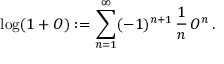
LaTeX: \log ( 1 + { \cal O } ) : = \sum _ { n = 1 } ^ { \infty } ( - 1 ) ^ { n + 1 } \, { \frac { 1 } { n } } \, { \cal O } ^ { n } \, .